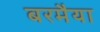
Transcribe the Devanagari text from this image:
बरमैया